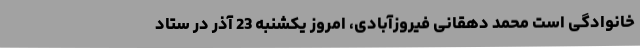
خانوادگی است محمد دهقانی فیروزآبادی، امروز یکشنبه 23 آذر در ستاد